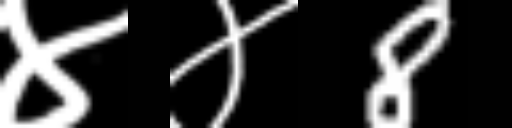
Text: ४४8